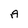
Character: A